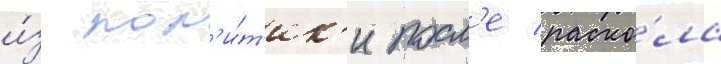
и́з пол'и́т'ик'и посл'е раско́ла